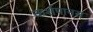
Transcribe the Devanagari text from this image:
कर्शपानस